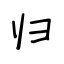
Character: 归